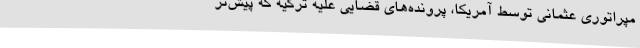
مپراتوری عثمانی توسط آمریکا، پرونده‌های قضایی علیه ترکیه که پیش‌تر